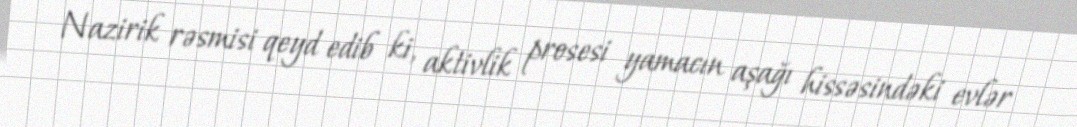
Nazirik rəsmisi qeyd edib ki, aktivlik prosesi yamacın aşağı hissəsindəki evlər